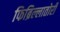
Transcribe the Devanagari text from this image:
फिब्रिल्लातोरी